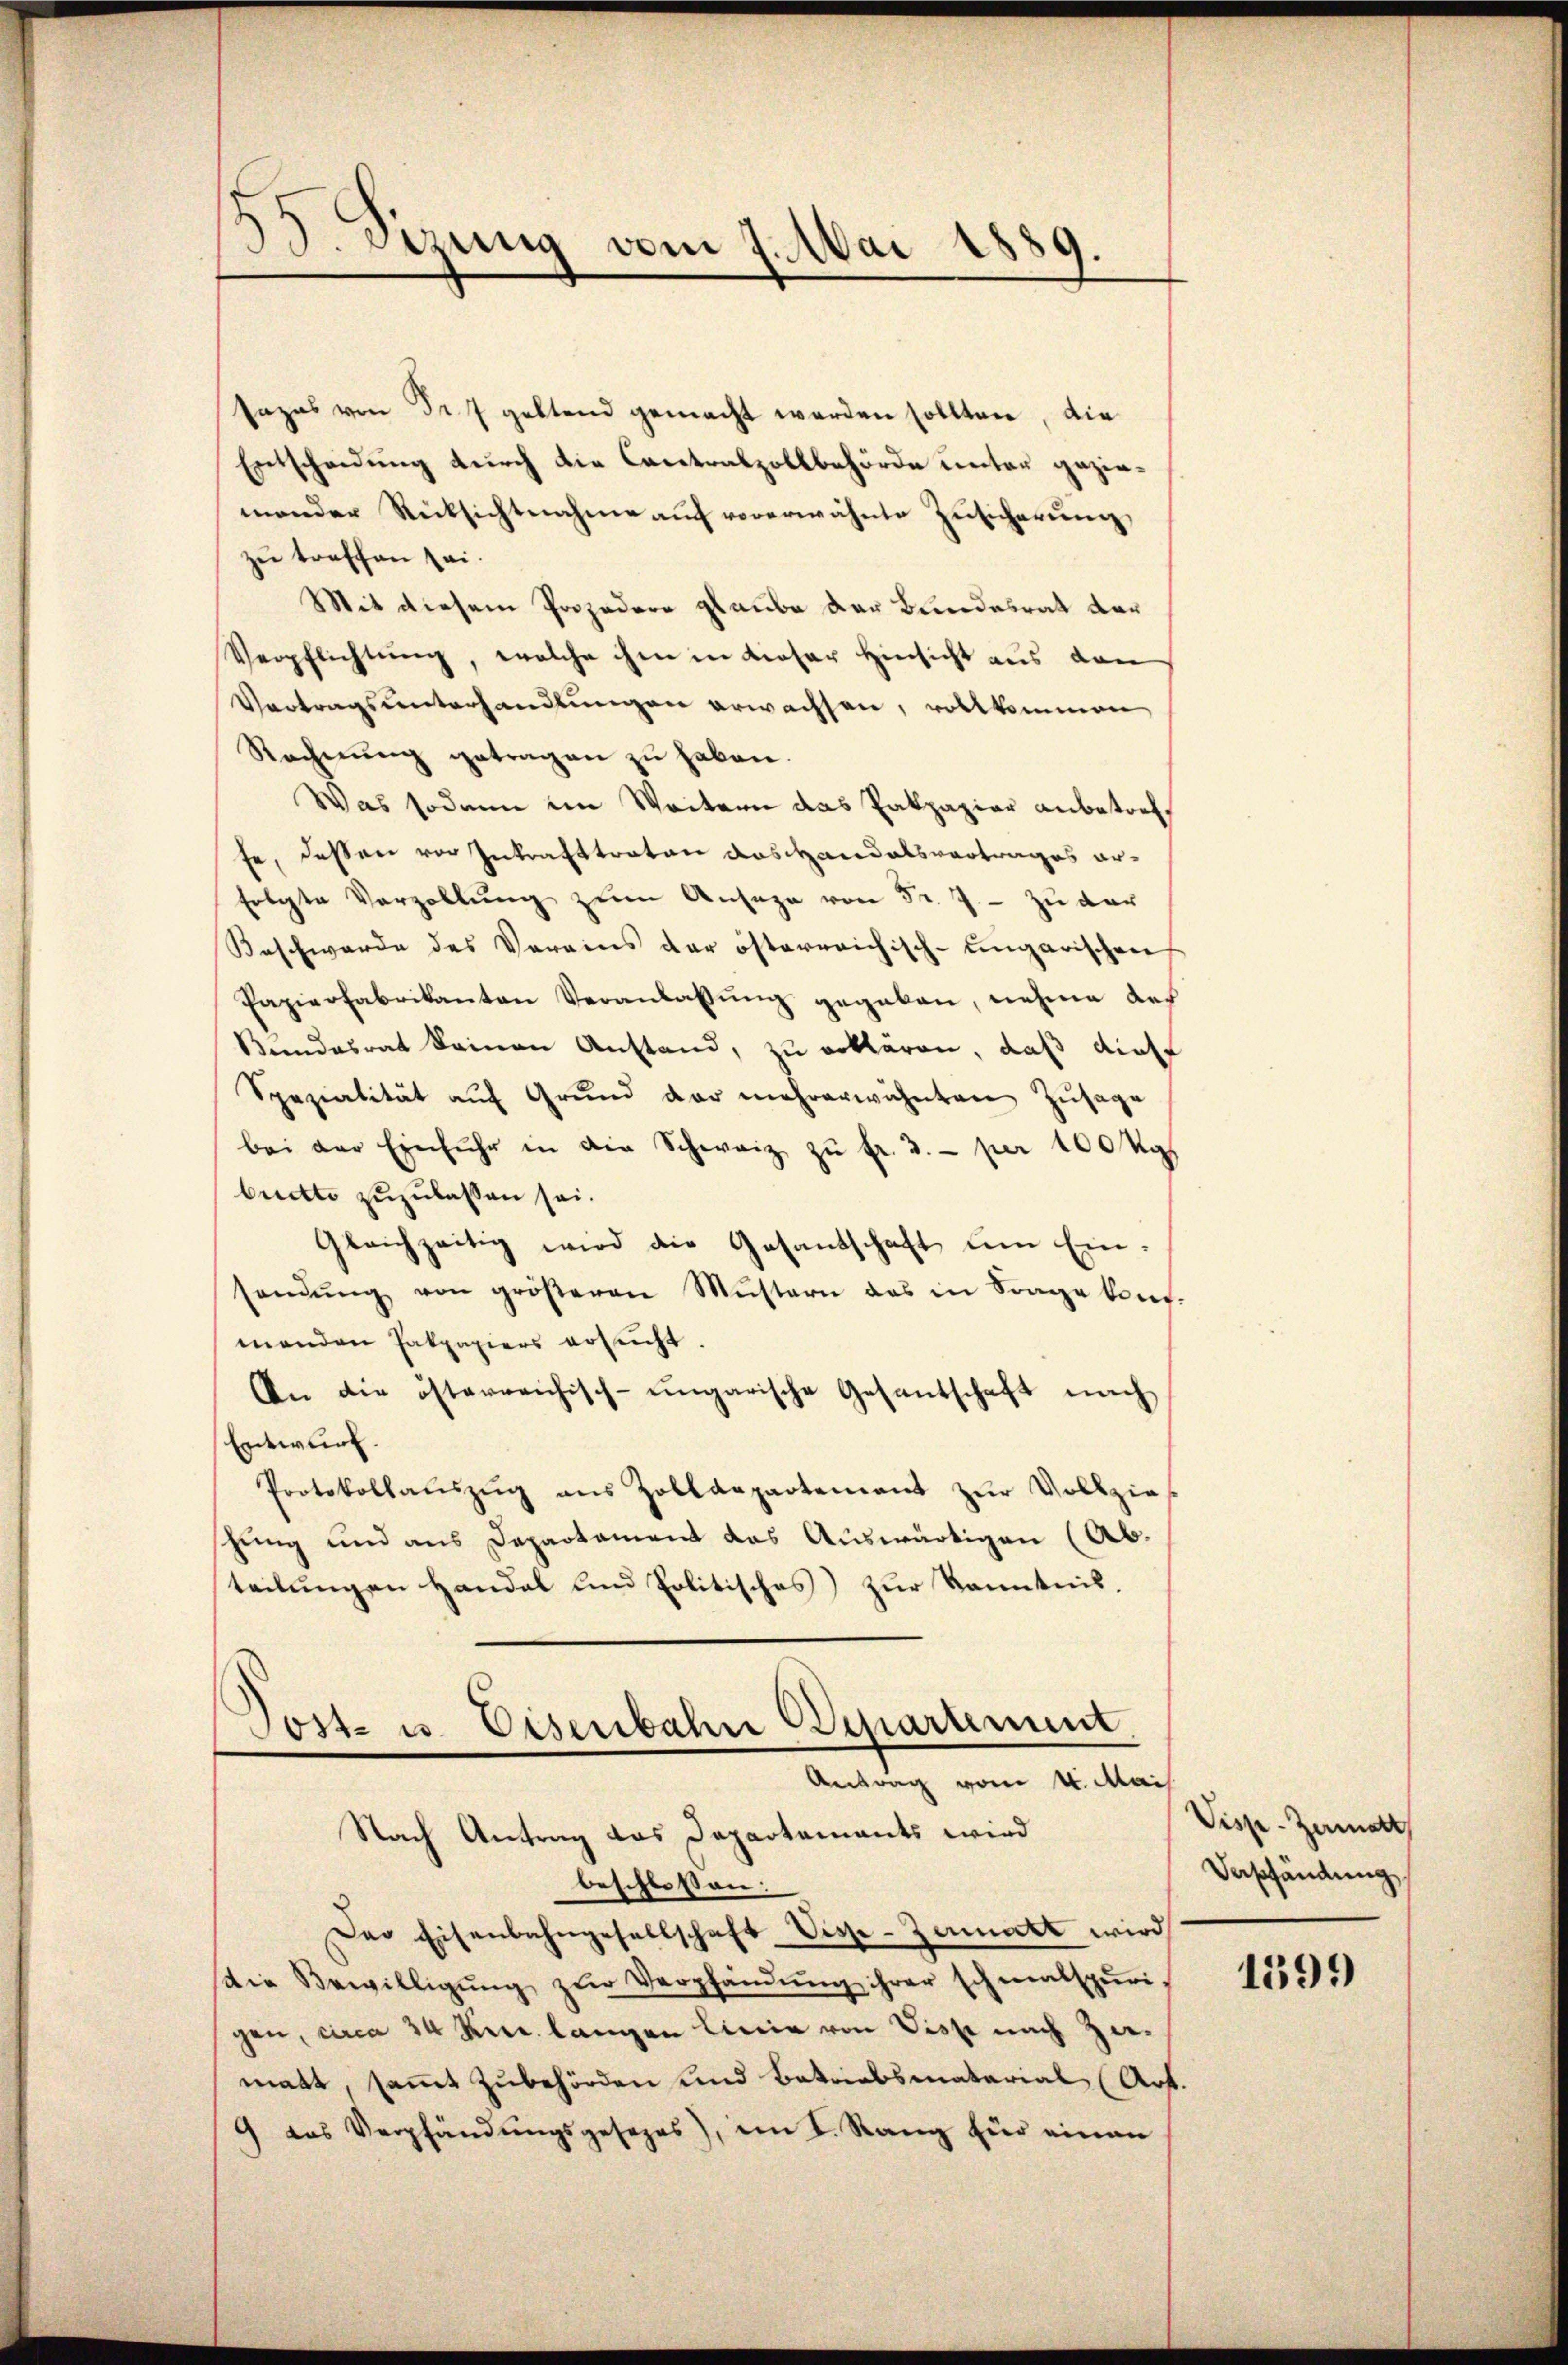
33. Sizung vom 7. Mai 1885.

sazas von Fr. 7 geltend gemacht werden sollten, die
Entscheidung durch die Cantralzollbehörde unter geziemander Rücksichtnahme aŭf vorerwähnte Zŭsicherŭng,
zu treffen sei.
Mit diesem Projedere glaube der Bundesrat dar
Verpflichtŭng, welche ihm in dieser Hinsicht aus den
Vortragsunterhandlungen erwachsen, vollkommen
Rechnŭng getragen zŭ haben.
Was sodann im Weitern das Pakpazier anbetreffe, dessen von Inkrafttreten das Handelsvertrages erfolgte Vorzollŭng zum Ansage von Fr. 7. - zu der
Beschwerde des Vereins der österreichisch-ungarischen
Papierfabrikanton Veranlassŭng gegeben, nehme des
Bundesrat keinen Anstand, zu erklären, daß diese
Spezialität aŭf Grŭnd der mehrerwähnten Zusage
bei der Einfuhr in die Schweiz zŭ fr. 3. per 100 kg
brette zuzulassen sei.
Gleichzeitig wird die Gesantschaft um Ein-
sandŭng von größeren Müstern das in Frage kont.
manden Fakpapiers ersŭcht.
An die österreichisch-ungarische Gesandschaft nach
Entwurf.
Protokollaŭszŭg ans Zolldepartement zŭr Vollzie
hung und aus Departament das Auswärtigen (Ab-
teilungen Handel und Politisches) zur Kenntnis,

Post- u. Eisenbahn Departement
Antrag vom 4. Mai
Nach Antrag das Departaments wird

beschlossen:
Der Eisenbahngesellschaft Vise-Zamatt wird
die Bewilligŭng zŭr Verpfändŭng ihrer schmalspuri
gen, circa 24 Rer. langen Linie von Visse nach Zumatt, sammt zubehörden und Betriebsmatarial (Art.
9 das Verpfändungsgesezes), im I. Rang für einen

Visp-Zamatt
Verpfändung

1599